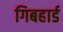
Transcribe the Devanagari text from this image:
गिबहार्ड